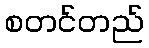
စတင်တည်